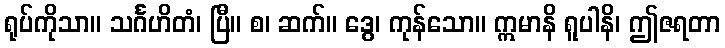
ရုပ်ကိုသာ။ သင်္ဂဟိတံ၊ ပြီ။ စ၊ ဆက်။ ဒွေ၊ ကုန်သော။ ဣမာနိ ရူပါနိ၊ ဤဇရတာ